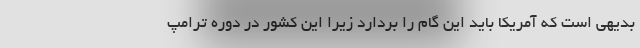
بدیهی است که آمریکا باید این گام را بردارد زیرا این کشور در دوره ترامپ